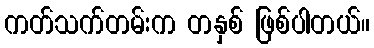
ကတ်သက်တမ်းက တနှစ် ဖြစ်ပါတယ်။